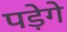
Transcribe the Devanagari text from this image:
पडे़गे